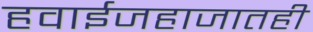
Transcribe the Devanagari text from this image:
हवाईजहाजातही